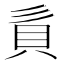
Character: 𧴭